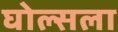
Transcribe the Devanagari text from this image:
घोल्सला